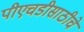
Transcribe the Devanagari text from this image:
पीएचडीसाठीचे